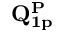
\mathbf { Q _ { 1 p } ^ { P } }